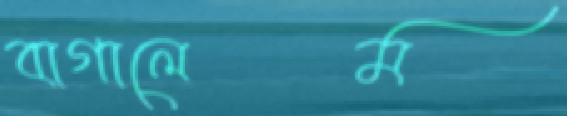
বাগালেম